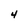
Character: 4